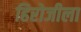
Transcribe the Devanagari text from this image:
हिरोजीला